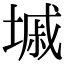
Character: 墄